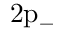
\mathrm { 2 p _ { - } }